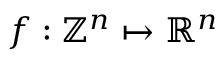
f : \mathbb { Z } ^ { n } \mapsto \mathbb { R } ^ { n }